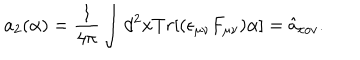
LaTeX: a _ { 2 } ( \alpha ) = \frac { 1 } { 4 \pi } \int d ^ { 2 } x T r [ ( \epsilon _ { \mu \nu } F _ { \mu \nu } ) \alpha ] = \hat { a } _ { c o v } .